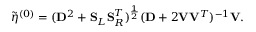
\tilde { \eta } ^ { ( 0 ) } = ( \mathbf { D } ^ { 2 } + \mathbf { S } _ { L } \mathbf { S } _ { R } ^ { T } ) ^ { \frac { 1 } { 2 } } ( \mathbf { D } + 2 \mathbf { V } \mathbf { V } ^ { T } ) ^ { - 1 } \mathbf { V } .